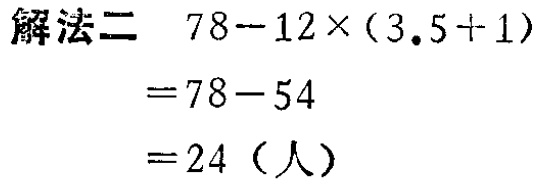
解法二 \(78 - 12\times(3.5 + 1)\)
\(= 78 - 54\)
\(= 24\)（人）